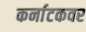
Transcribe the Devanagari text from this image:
कर्नाटकवर